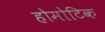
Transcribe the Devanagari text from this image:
होमोटिक